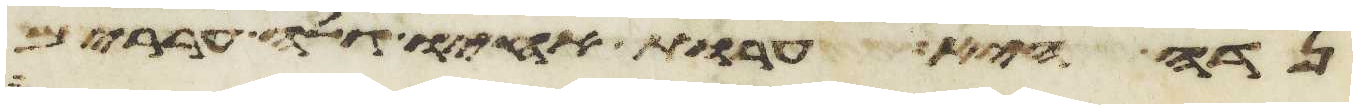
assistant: נדה היא ערות אחיו גלה עררים